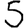
Digit: 5